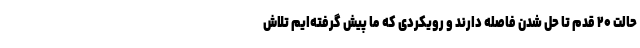
حالت ۲۰ قدم تا حل شدن فاصله دارند و رویکردی که ما پیش گرفته‌ایم تلاش